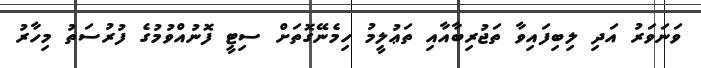
ވަނަވަރު އަދި ލިބިފައިވާ ތަޖުރިބާއާއި ތަޢުލީމު ހިމެނޭގޮތަށް ސިޓީ ފޮނުއްވުމުގެ ފުރުސަތު މިހާރު